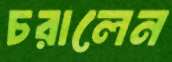
চরালেন